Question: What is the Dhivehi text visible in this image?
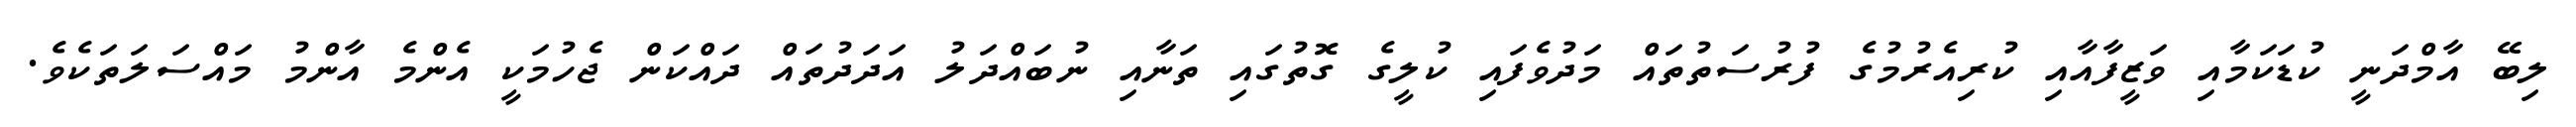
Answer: ލިބޭ އާމްދަނީ ކުޑަކަމާއި ވަޒީފާއާއި ކުރިއެރުމުގެ ފުރުސަތުތައް މަދުވެފައި ކުލީގެ ގޮތުގައި ތަނާއި ނުބައްދަލު އަދަދުތައް ދައްކަން ޖެހުމަކީ އެންމެ އާންމު މައްސަލަތަކެވެ.